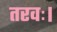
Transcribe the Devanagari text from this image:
तरवः।